Assam Mental Hospital (Tezpur, India) - 1933-1948
Year: 1933
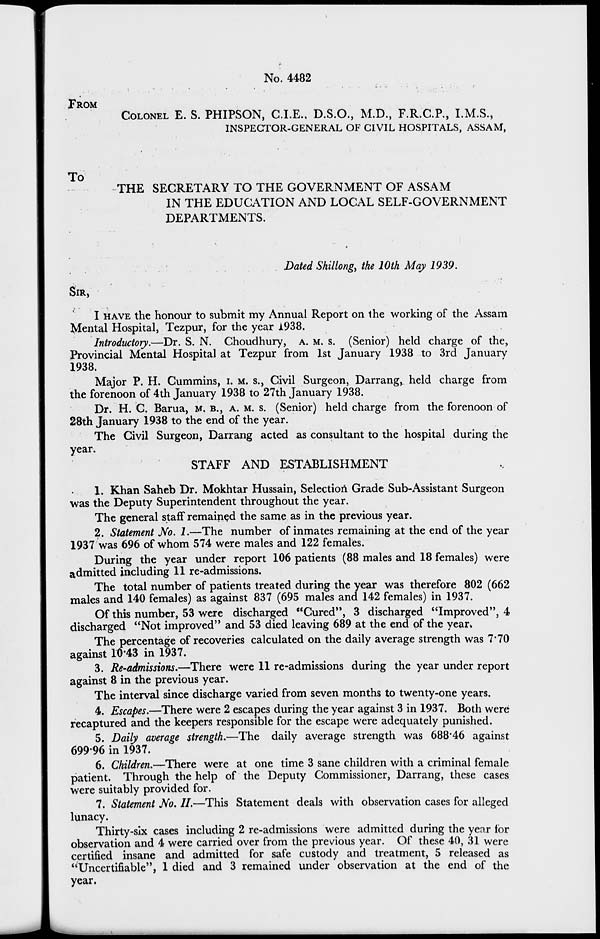
No. 4482
FROM
COLONEL E. S. PHIPSON, C.I.E., D.S.O., M.D., F.R.C.P., I.M.S.,
INSPECTOR-GENERAL OF CIVIL HOSPITALS, ASSAM,
To
THE SECRETARY TO THE GOVERNMENT OF ASSAM
IN THE EDUCATION AND LOCAL SELF-GOVERNMENT
DEPARTMENTS.
Dated Shillong, the 10th May 1939.
SIR,
I HAVE the honour to submit my Annual Report on the working of the Assam
Mental Hospital, Tezpur, for the year 1938.
Introductory.—Dr. S. N. Choudhury, A. M. S. (Senior) held charge of the,
Provincial Mental Hospital at Tezpur from 1st January 1938 to 3rd January
1938.
Major P. H. Cummins, I. M. S., Civil Surgeon, Darrang, held charge from
the forenoon of 4th January 1938 to 27th January 1938.
Dr. H. C. Barua, M. B., A. M. S. (Senior) held charge from the forenoon of
28th January 1938 to the end of the year.
The Civil Surgeon, Darrang acted as consultant to the hospital during the
year.
STAFF AND ESTABLISHMENT
1. Khan Saheb Dr. Mokhtar Hussain, Selection Grade Sub-Assistant Surgeon
was the Deputy Superintendent throughout the year.
The general staff remained the same as in the previous year.
2. Statement No. 1.—The number of inmates remaining at the end of the year
1937 was 696 of whom 574 were males and 122 females.
During the year under report 106 patients (88 males and 18 females) were
admitted including 11 re-admissions.
The total number of patients treated during the year was therefore 802 (662
males and 140 females) as against 837 (695 males and 142 females) in 1937.
Of this number, 53 were discharged "Cured", 3 discharged "Improved", 4
discharged "Not improved" and 53 died leaving 689 at the end of the year.
The percentage of recoveries calculated on the daily average strength was 7.70
against 10.43 in 1937.
3. Re-admissions.—There were 11 re-admissions during the year under report
against 8 in the previous year.
The interval since discharge varied from seven months to twenty-one years.
4. Escapes.—There were 2 escapes during the year against 3 in 1937. Both were
recaptured and the keepers responsible for the escape were adequately punished.
5. Daily average strength.—The daily average strength was 688.46 against
699.96 in 1937.
6. Children.—There were at one time 3 sane children with a criminal female
patient. Through the help of the Deputy Commissioner, Darrang, these cases
were suitably provided for.
7. Statement No. II.—This Statement deals with observation cases for alleged
lunacy.
Thirty-six cases including 2 re-admissions were admitted during the year for
observation and 4 were carried over from the previous year. Of these 40, 31 were
certified insane and admitted for safe custody and treatment, 5 released as
"Uncertifiable", 1 died and 3 remained under observation at the end of the
year.